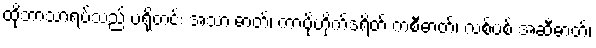
ထိုဘာသာရပ်သည် ပရိုတင်း အသားဓာတ်၊ ကာဗိုဟိုက်ဒရိတ် ကစီဓာတ်၊ လစ်ပစ် အဆီဓာတ်၊